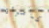
كامرأة